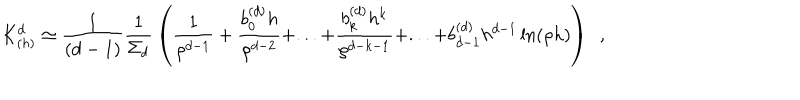
K _ { ( h ) } ^ { d } \simeq { \frac { 1 } { ( d - 1 ) } } { \frac { 1 } { \Sigma _ { d } } } \left( { \frac { 1 } { \rho ^ { d - 1 } } } + { \frac { b _ { 0 } ^ { ( d ) } h } { \rho ^ { d - 2 } } } + . . . + { \frac { b _ { k } ^ { ( d ) } h ^ { k } } { \rho ^ { d - k - 1 } } } + . . . + b _ { d - 1 } ^ { ( d ) } h ^ { d - 1 } \ln ( \rho h ) \right) ~ ~ ,